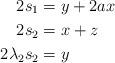
LaTeX: \begin{align*}2s_1 &= y+2ax \\2s_2 &= x+z \\2\lambda_2s_2 &= y\end{align*}